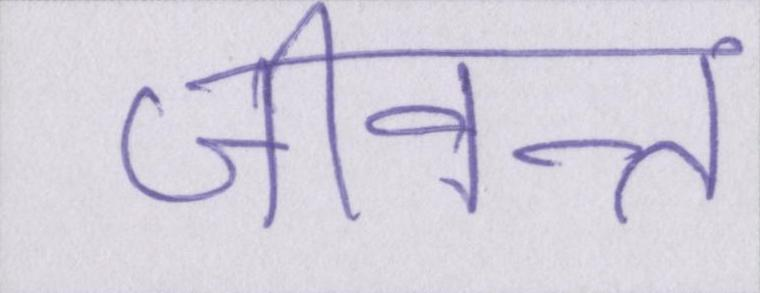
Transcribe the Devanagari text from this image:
जीवन्त